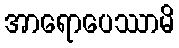
အာရောပေဿာမိ